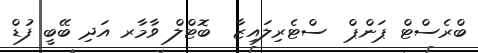
ބްރެސްޓް ޕަންޕް  ސްޓެރިލައިޒާ  ބޮޓްލް ވާމާރ އަދި ބޭބީ ފުޑް